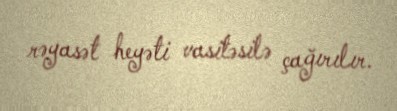
rəyasət heyəti vasitəsilə çağırılır.